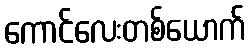
ကောင်လေးတစ်ယောက်